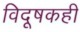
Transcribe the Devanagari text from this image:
विदूषकही